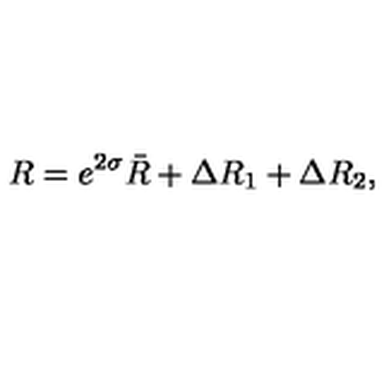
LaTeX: R = e ^ { 2 \sigma } \bar { R } + \Delta R _ { 1 } + \Delta R _ { 2 } ,